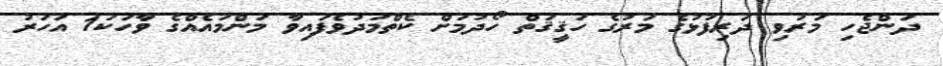
ދަންޖެހި މަރުވި ދަރިފުޅުގެ މަރުގެ ހަޤީޤަތް ހޯދުމަށް ކެތްމަދުވެފައިވާ މަންމައެއްގެ ވާހަކަ1 އަހަރު